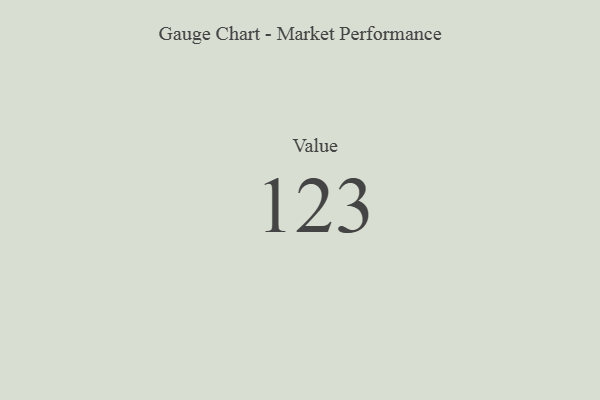
{"axis": {"x": "Metric", "y": "Value"}, "legend": [""], "data": [{"x": "Value", "y": 123, "type": ""}]}